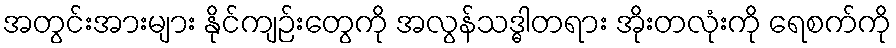
အတွင်းအားများ နိုင်ကျဉ်းတွေကို အလွန်သဒ္ဓါတရား အိုးတလုံးကို ရေစက်ကို